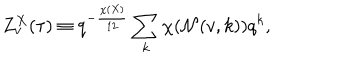
Z _ { v } ^ { X } ( \tau ) \equiv q ^ { - { \frac { \chi ( X ) } { 1 2 } } } \sum _ { k } \chi ( { \cal N } ( v , k ) ) q ^ { k } ,